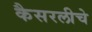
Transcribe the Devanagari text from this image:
कैसरलीचे